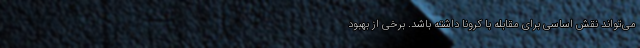
می‌تواند نقش اساسی برای مقابله با کرونا داشته باشد. برخی از بهبود